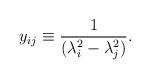
LaTeX: \begin{align*}y_{ij} \equiv \frac{1}{(\lambda_i^2 - \lambda_j^2)}.\end{align*}